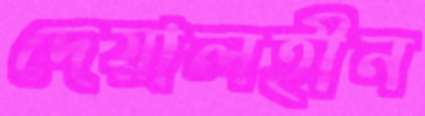
দেয়ালহীন